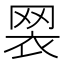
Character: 𦊶